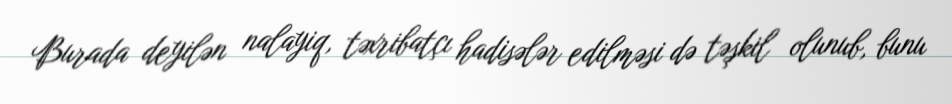
Burada deyilən nalayiq, təxribatçı hadisələr edilməsi də təşkil olunub, bunu